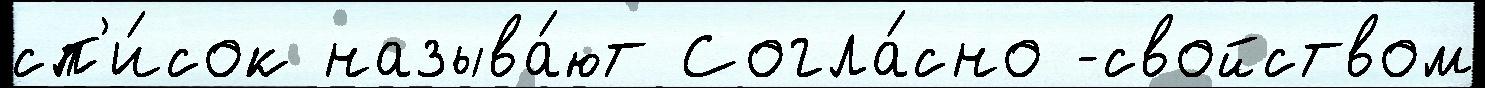
сп'и́сок называ́ют Согла́сно -свойством